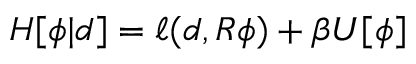
H [ \phi | d ] = \ell ( d , R \phi ) + \beta U [ \phi ]